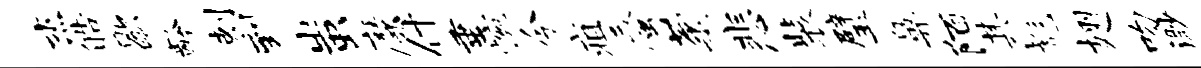
杰皓歇龄剌到蚩靡什垂惋今疽蜃菊悲装璧鼻陌其彪翅吻渺